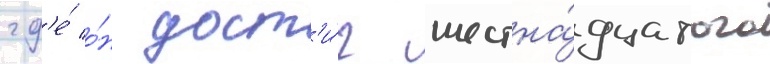
гд'е́ о́н дост'и́г шестна́дцатого